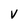
Character: V